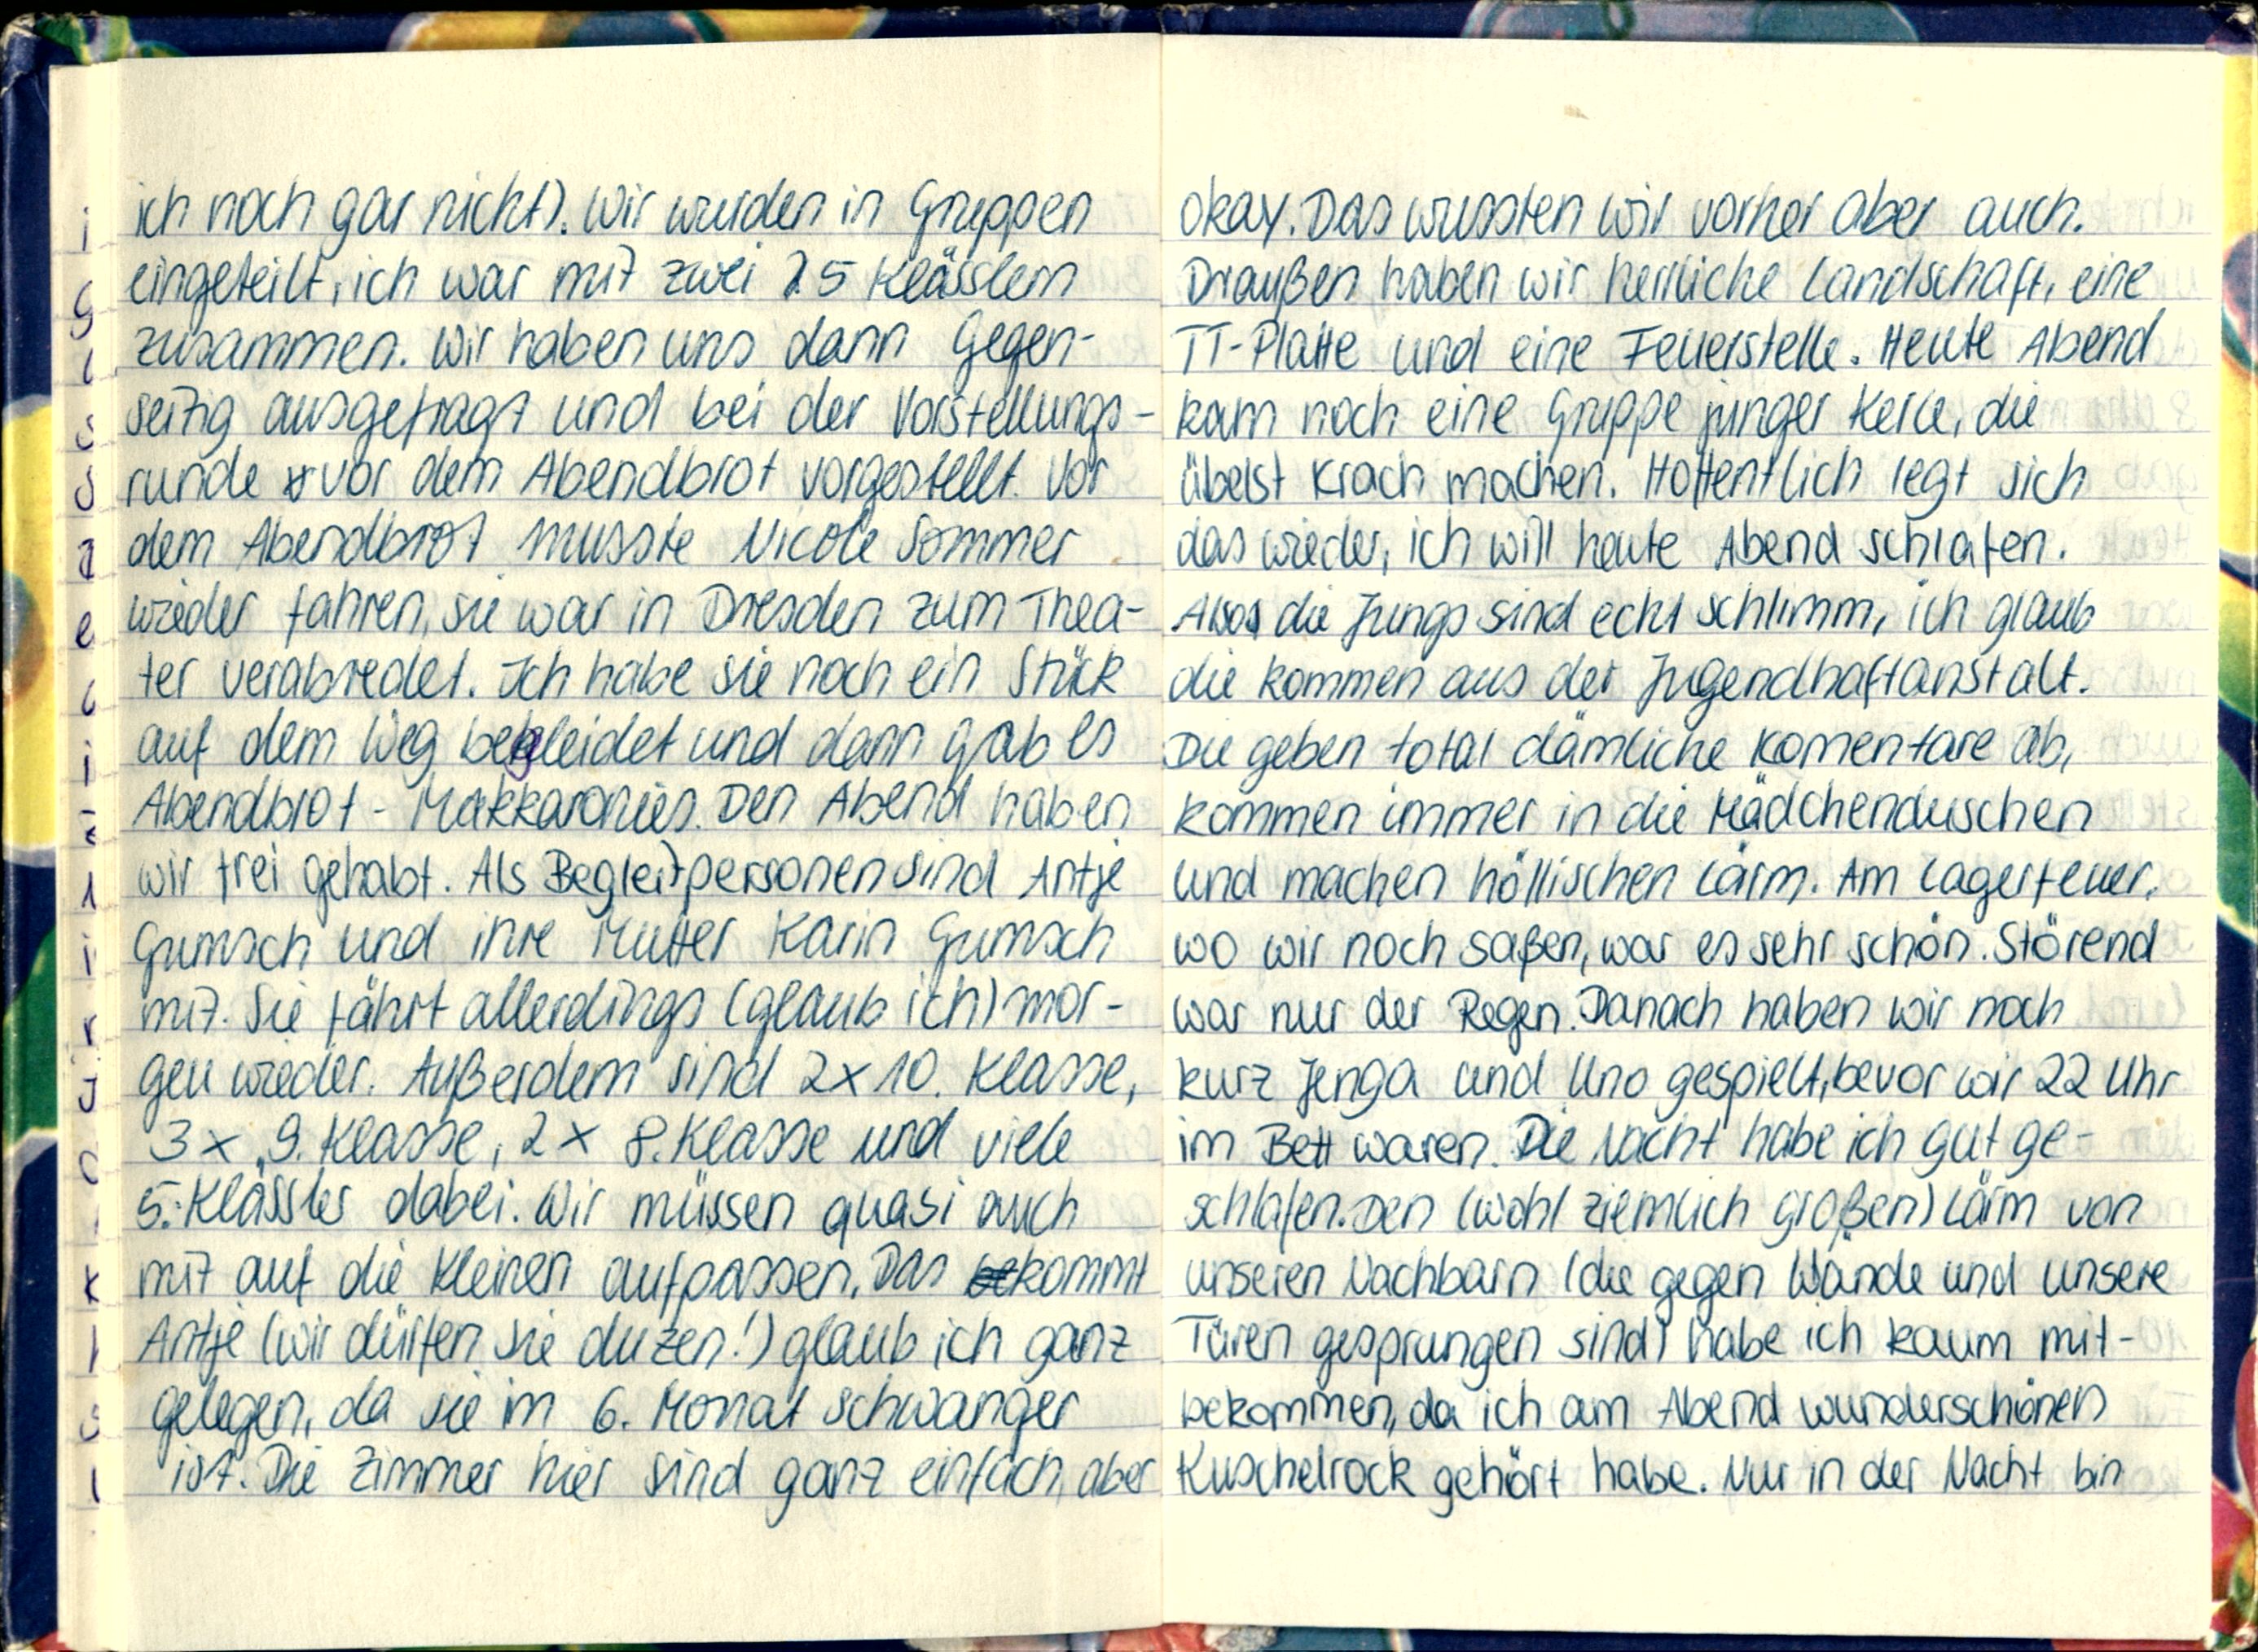
ich noch gar nicht). Wir wurden in Gruppen
eingeteilt, ich war mit zwei 5 Klässlem
Zusammen. Wir haben uns dann Gegen-
seitig ausgefragt und bei der Vorstellungs-
runde vor dem Abendbrot vorgestellt. Vor
dem Abendbrot musste Nicole Sommer
wieder fahren, sie war in Dresden zum Thea-
ter verabredet. Ich habe sie noch ein Stück
auf dem Weg bekleidet und dann gab es
Abendbrot - Makkaronies. Den Abend haben
wir frei gehabt. Als Begleitpersonen sind Antje
Gumsch und ihre Mutter Karin Gumsch
mit. Sie fährt allerdings (glaub ich) mor-
gen wieder. Außerdem sind 2x10. Klasse,
3x 9. Klasse, 2x 8. Klasse und viele
5. Klässler dabei. Wir müssen quasi auch
mit auf die Kleinen aufpassen. Das bekommt
Antje (wir dürfen sie duzen!) glaub ich ganz
gelegen, da sie im 6. Monat schwanger
ist. Die Zimmer hier sind ganz einfach, aber

okay. Das wussten wir vorher aber auch.
Draußen haben wir herrliche Landschaft, eine
TT-Platte und eine Feuerstelle. Heute Abend
kam noch eine Gruppe junger Kerle, die
übelst Krach machen. Hoffentlich legt sich
das wieder, ich will heute Abend schlafen.
Also die Jungs sind echt schlimm, ich glaub
die kommen aus der Jugendhaftanstalt.
Die geben total dämliche Komentare ab,
kommen immer in die Mädchenduschen
und machen höllischen Lärm. Am Lagerfeuer,
wo wir noch saßen, war es sehr schön. Störend
war nur der Regen. Danach haben wir noch
kurz Jenga und Uno gespielt, bevor wir 22 Uhr
im Bett waren. Die Nacht habe ich gut ge-
schlafen. Den (wohl ziemlich großen) Lärm von
unseren Nachbarn (die gegen Wände und unsere
Türen gesprungen sind) habe ich kaum mit-
bekommen, da ich am Abend wunderschönen
Kuschelrock gehört habe. Nur in der Nacht bin